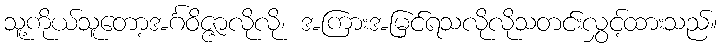
သူ့ကိုယ်သူတော့အင်္ဂဝိဇ္ဇာလိုလို၊ အကြားအမြင်ရသလိုလိုသတင်းလွှင့်ထားသည်။